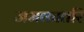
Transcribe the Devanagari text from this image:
जमकातरि